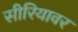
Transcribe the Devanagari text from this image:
सीरियावर